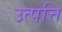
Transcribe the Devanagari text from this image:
उत्‍पत्ति